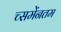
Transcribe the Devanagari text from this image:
च्समेंनतम